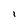
Character: l